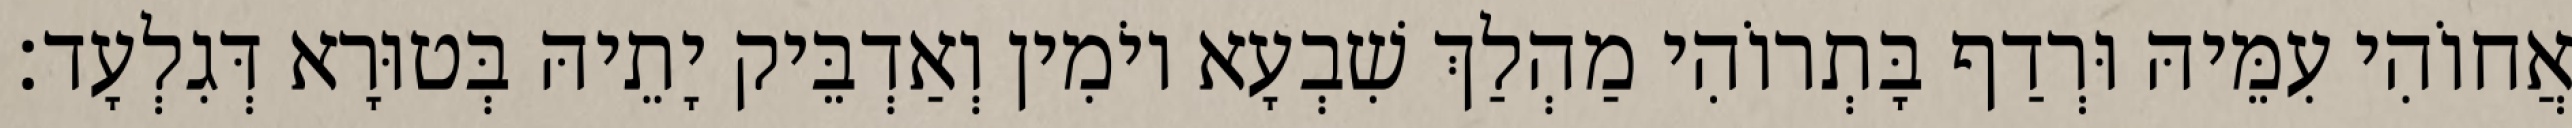
אֲחוֹהִי עִמֵּיהּ וּרְדַף בָּתְרוֹהִי מַהְלַךְ שִׁבְעָא יוֹמִין וְאַדְבֵּיק יָתֵיהּ בְּטוּרָא דְּגִלְעָד׃